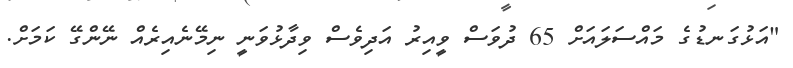
"އަޅުގަނޑުގެ މައްސަލައަަށް 65 ދުވަސް ވީއިރު އަދިވެސް ވިދާޅުވަނީ ނިމޭޭނެއިރެއް ނޭންގޭ ކަމަށް.